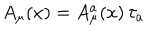
A _ { \mu } ( x ) = A _ { \mu } ^ { a } ( x ) \, \tau _ { a }